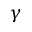
\gamma